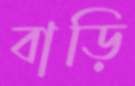
বাড়ি